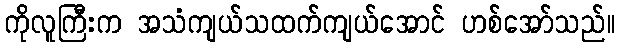
ကိုလူကြီးက အသံကျယ်သထက်ကျယ်အောင် ဟစ်အော်သည်။